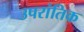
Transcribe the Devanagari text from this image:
उपरांतिक